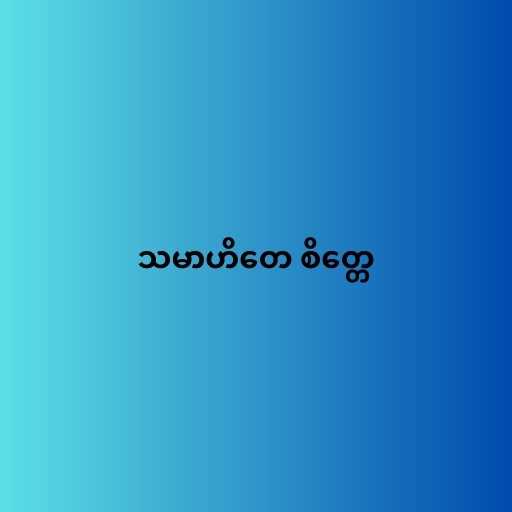
သမာဟိတေ စိတ္တေ